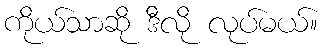
ကိုယ်သာဆို ဒီလို လုပ်မယ်။